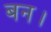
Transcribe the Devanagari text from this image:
बन।